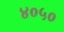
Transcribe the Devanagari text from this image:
४०५०